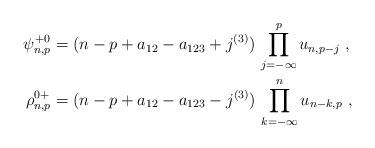
LaTeX: \begin{align*}\begin{aligned}\psi^{+0}_{n,p}&=(n-p+a_{12}-a_{123}+j^{(3)})\,\prod_{j=-\infty}^pu_{n,p-j}\ ,\\\rho^{0+}_{n,p}&=(n-p+a_{12}-a_{123}-j^{(3)})\,\prod_{k=-\infty}^nu_{n-k,p}\ ,\end{aligned}\end{align*}